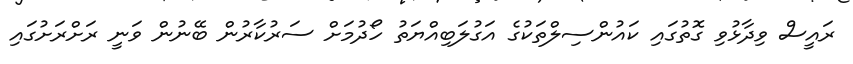
ރައީސް ވިދާޅުވި ގޮތުގައި ކައުންސިލްތަކުގެ އަގުލަބިއްޔަތު ހޯދުމަށް ސަރުކާރުން ބޭނުން ވަނީ ރަށްރަށުގައި